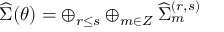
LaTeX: { \widehat \Sigma } ( \theta ) = \oplus _ { r \leq s } \oplus _ { m \in Z } { \widehat \Sigma } _ { m } ^ { ( r , s ) }